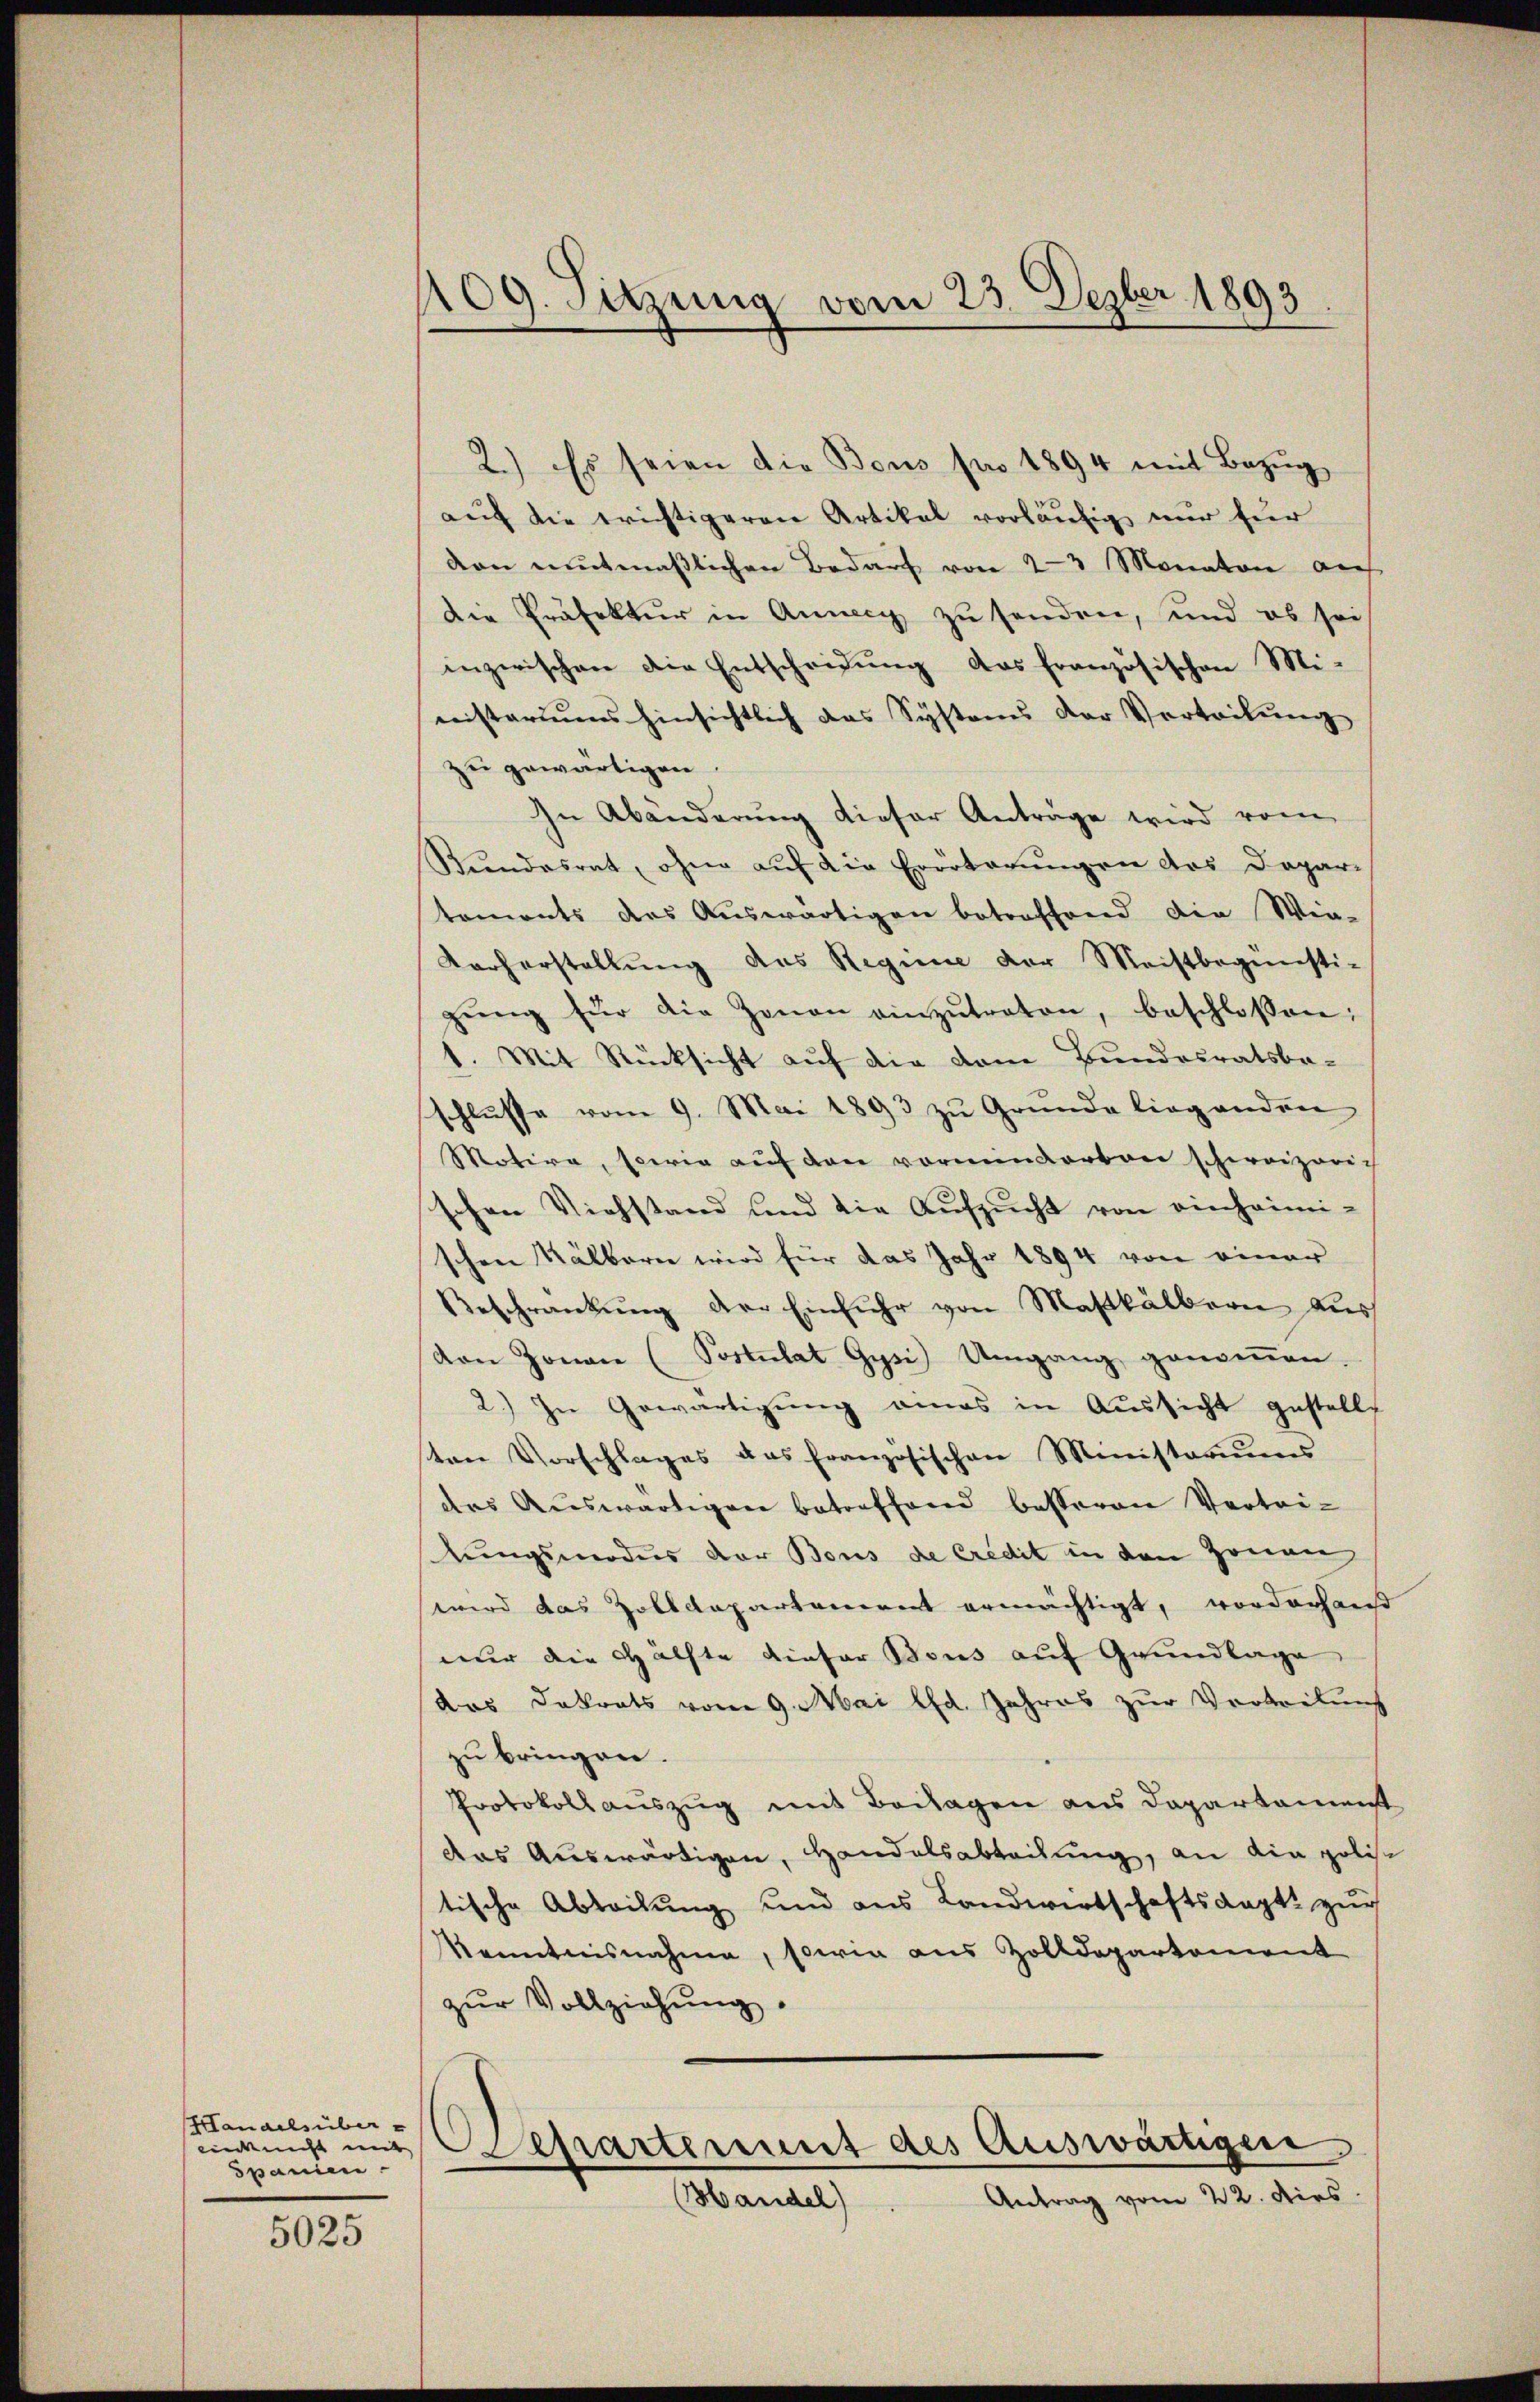
Hanaelsüber
Spanien.

5025

109. Sitzung vom 23. Dezber 1893

2.) Es seien die Bous pro 1894 mit Bezug
auf die Erichtigeren Artikal vorläufig nur für
dan mutmaßlichen Bedarf von 23 Monation aus
Die Präfektur in Anny zu senden, und es sei
inzwischen die Entscheidung das französischen Mi-
nistariums hinsichtlich das Systems der Vortribung
zu gewärtigen.
In Abänderung dieser Anträge wird vom
Kundesrat, ohne auf die Erörterungen das Dopar-
toments des Auswärtigen betreffend die Win-
Korherstellung des Regime der Meistbegünsti-
gŭng für die Genan einzŭtreten, beschlossen:
1. Mit Rücksicht auf die dem Bundesratsbe-
schlŭsse vom 9. Mai 1893 zŭ Grŭnde liegenden
Motire, sowie auf den vorminderten schweizerich
schen Viehstand und die Aufsucht von einheimi-
schen Kälbern wird für das Jahr 1894 von einer
Beschränkung der Einfuhr von Maskälbern aus
von Jonau (Postulat Gysi) Umgang genoṁen.
2.) In Gewärtigung eines in Aussicht gestellt
ten Vorschlages das französischen Ministoriums
das Aŭswärtigen betreffend besseren Vertri-
tungsmodus der Bous de Credit in den Zonen
wird das Zolldepartement ermächtigt, vorderhaus
nur die Hälfte dieser Bous auf Grundlage
das Dakrats vom 9. Mai lfd. Jahres zur Verteilung
zu bringen.
Protokoll auszug mit Beilagen aus Departament
das Auswärtigen, Handelsabteilung, an die politische Abteilung und aus Landwirtschaftsagt zur
Kenntnisnahme, sowie aus Zolldepartement
zŭr Vollziehŭng.
sinicht im Separtement des Auswärtigen
Antrag vom 22. Dies
Handel)